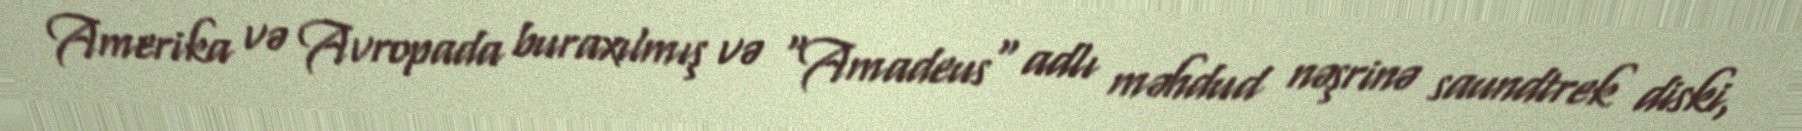
Amerika və Avropada buraxılmış və "Amadeus" adlı məhdud nəşrinə saundtrek diski,